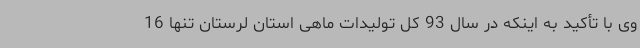
وی با تأکید به اینکه در سال 93 کل تولیدات ماهی استان لرستان تنها 16